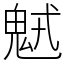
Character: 𩲭